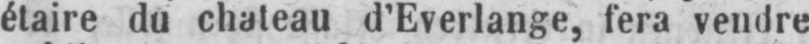
étaire du chateau d’Everlange, fera vendre